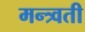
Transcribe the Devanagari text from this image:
मन्त्र्वती